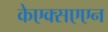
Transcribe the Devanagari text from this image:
केएक्सएएन